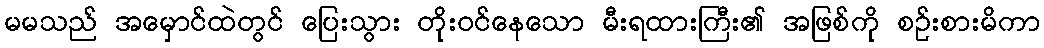
မမသည် အမှောင်ထဲတွင် ပြေးသွား တိုးဝင်နေသော မီးရထားကြီး၏ အဖြစ်ကို စဉ်းစားမိကာ